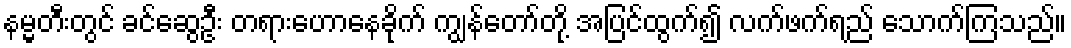
နမ္မတီးတွင် ခင်ဆွေဦး တရားဟောနေခိုက် ကျွန်တော်တို့ အပြင်ထွက်၍ လက်ဖက်ရည် သောက်ကြသည်။